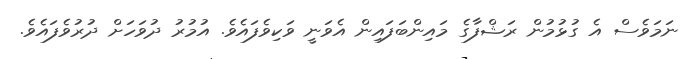
ނަމަވެސް އެ ގުޅުމުން ރަޝްފާގެ މައިންބަފައިން އެވަނީ ވަކިވެފައެވެ. އުމުރު ދުވަހަށް ދުރުވެފައެވެ.